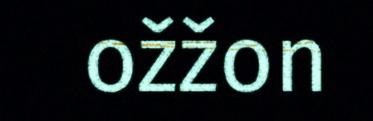
ožžon